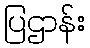
ပြဌာန်း